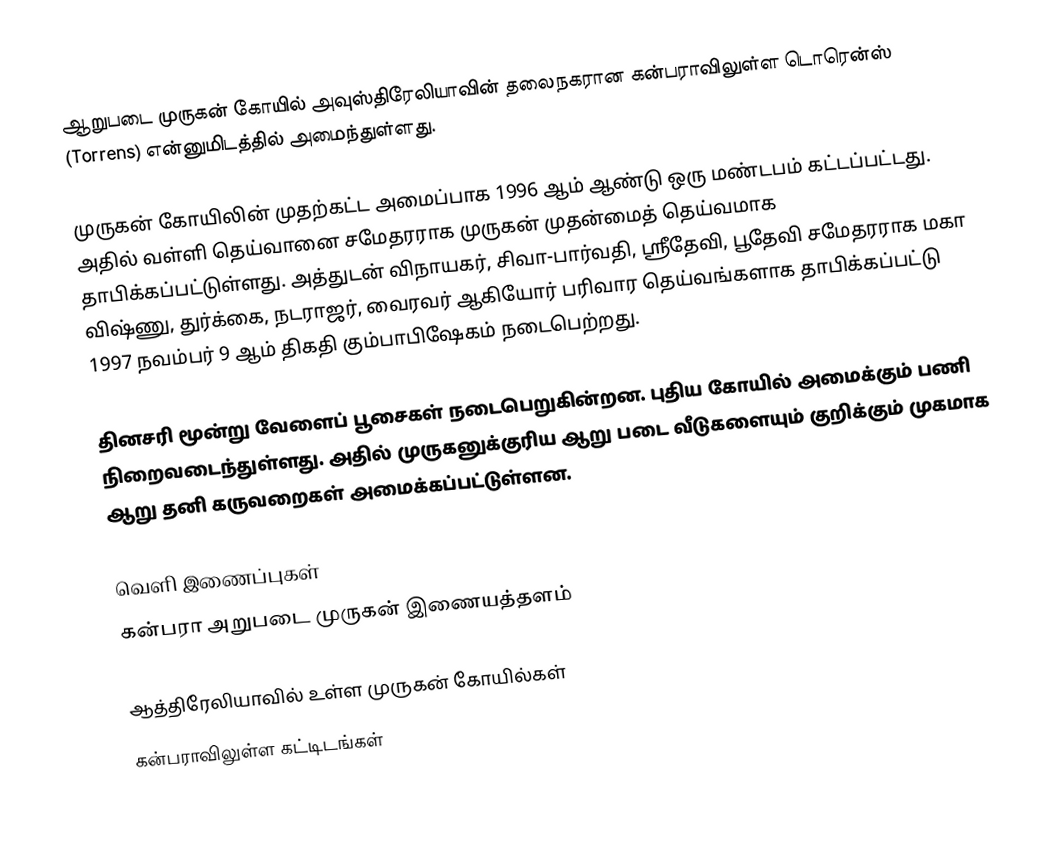
ஆறுபடை முருகன் கோயில் அவுஸ்திரேலியாவின் தலைநகரான கன்பராவிலுள்ள டொரென்ஸ் (Torrens) என்னுமிடத்தில் அமைந்துள்ளது.

முருகன் கோயிலின் முதற்கட்ட அமைப்பாக 1996 ஆம் ஆண்டு ஒரு மண்டபம் கட்டப்பட்டது. அதில் வள்ளி தெய்வானை சமேதரராக முருகன் முதன்மைத் தெய்வமாக தாபிக்கப்பட்டுள்ளது. அத்துடன் விநாயகர், சிவா-பார்வதி, ஸ்ரீதேவி, பூதேவி சமேதரராக மகா விஷ்ணு, துர்க்கை, நடராஜர், வைரவர் ஆகியோர் பரிவார தெய்வங்களாக தாபிக்கப்பட்டு 1997 நவம்பர் 9 ஆம் திகதி கும்பாபிஷேகம் நடைபெற்றது.

தினசரி மூன்று வேளைப் பூசைகள் நடைபெறுகின்றன. புதிய கோயில் அமைக்கும் பணி நிறைவடைந்துள்ளது. அதில் முருகனுக்குரிய ஆறு படை வீடுகளையும் குறிக்கும் முகமாக ஆறு தனி கருவறைகள் அமைக்கப்பட்டுள்ளன.

வெளி இணைப்புகள்
 கன்பரா அறுபடை முருகன் இணையத்தளம்

ஆத்திரேலியாவில் உள்ள முருகன் கோயில்கள்
கன்பராவிலுள்ள கட்டிடங்கள்